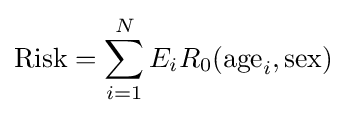
{\text{Risk}}=\sum _{i=1}^{N}E_{i}R_{0}(\mathrm {age} _{i},\mathrm {sex} )